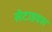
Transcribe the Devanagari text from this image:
सेटाइवस